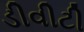
ડીવીટી